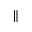
\parallel